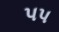
પપ